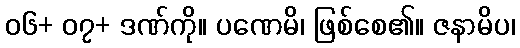
၀၆+ ၀၇+ ဒဏ်ကို။ ပဏေမိ၊ ဖြစ်စေ၏။ ဇနာမိပ၊